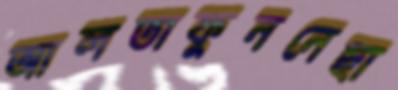
আলতাফুননেছা